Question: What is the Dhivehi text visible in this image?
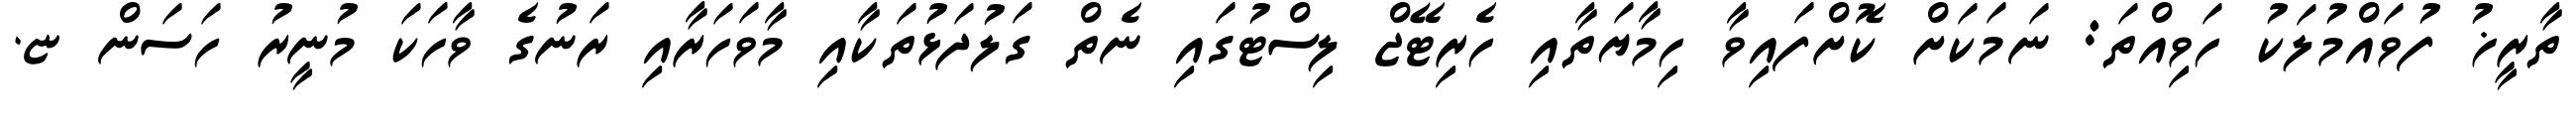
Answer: ތާރީޚު ފުވައްމުލަކު ހަވިއްތަ: ނަމަކަށް ކޮށްފައިވާ ހިމާޔަތާއި ހެރިޓޭޖް ލިސްޓުގައި ނެތް ގަލުދަޅުތަކާއި މާވަހަރާއި ރަނުގެ ވާހަކަ މުނީރު ހަސަން ޏ.